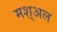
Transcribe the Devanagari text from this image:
मश्अल